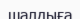
шалдыға